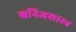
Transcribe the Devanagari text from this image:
खनिजशास्त्र